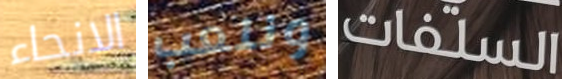
الانحاء ونلعب السلفات